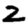
Digit: 2